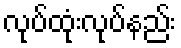
လုပ်ထုံးလုပ်နည်း